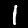
Label: 1